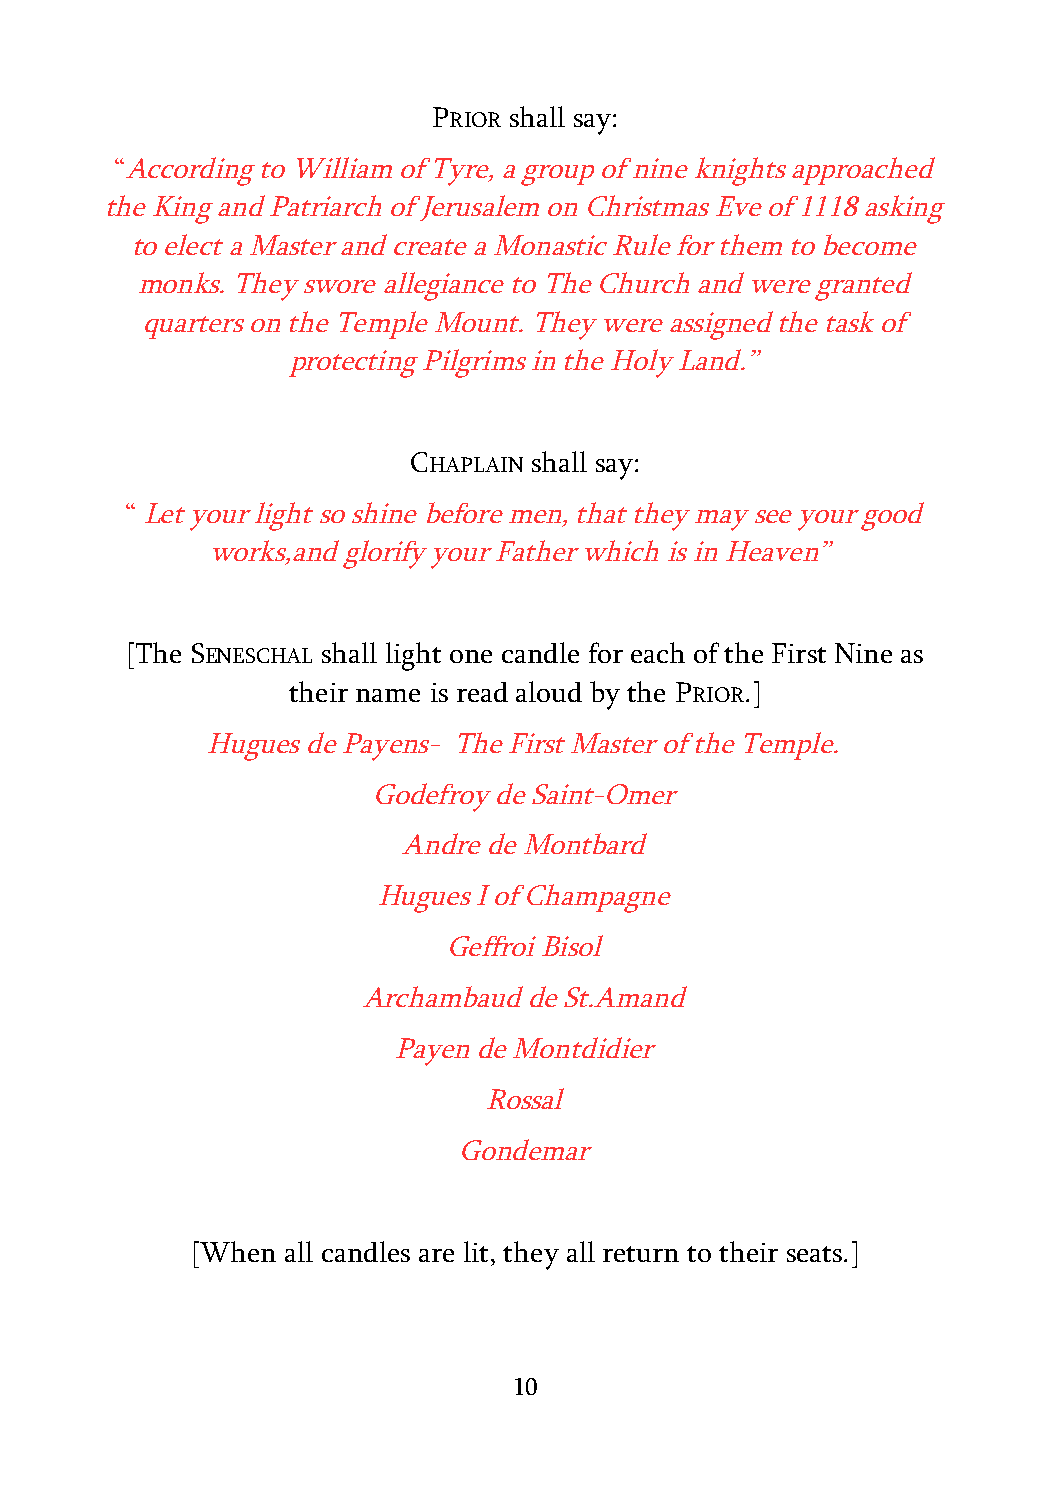
PRIOR shall say:
 “According to William of Tyre, a group of nine knights approached
 the King and Patriarch of Jerusalem on Christmas Eve of 1118 asking
 to elect a Master and create a Monastic Rule for them to become
 monks. They swore allegiance to The Church and were granted
 quarters on the Temple Mount. They were assigned the task of
 protecting Pilgrims in the Holy Land.”
 CHAPLAIN shall say:
 “ Let your light so shine before men, that they may see your good
 works,and glorify your Father which is in Heaven”
 [The SENESCHAL shall light one candle for each of the First Nine as
 their name is read aloud by the PRIOR.]
 Hugues de Payens- The First Master of the Temple.
 Godefroy de Saint-Omer
 Andre de Montbard
 Hugues I of Champagne
 Geffroi Bisol
 Archambaud de St.Amand
 Payen de Montdidier
 Rossal
 Gondemar
 [When all candles are lit, they all return to their seats.]
 10